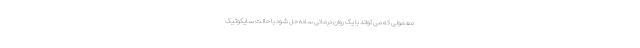
معمولی که می تواند با یک روان درمانی ساده حل شود با حالت سایکوتیک